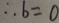
\therefore b = 0